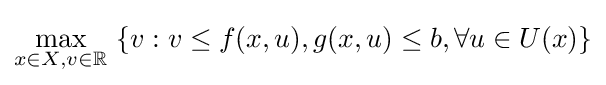
\max _{x\in X,v\in \mathbb {R} }\ \{v:v\leq f(x,u),g(x,u)\leq b,\forall u\in U(x)\}